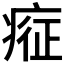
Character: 𱱗